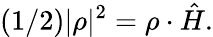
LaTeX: (1/2)|\rho|^{2}={\rho}\cdot\hat{H}.